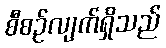
စီစဉ်လျက်ရှိသည်